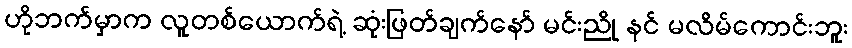
ဟိုဘက်မှာက လူတစ်ယောက်ရဲ့ ဆုံးဖြတ်ချက်နော် မင်းညို နင် မလိမ်ကောင်းဘူး